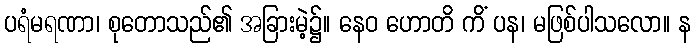
ပရံမရဏာ၊ စုတောသည်၏ အခြားမဲ့၌။ နေဝ ဟောတိ ကိံ ပန၊ မဖြစ်ပါသလော။ န